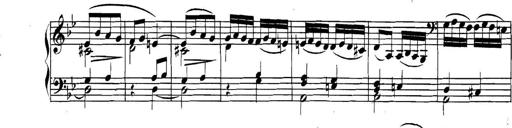
Title: Collected Piano Sonatas
Composer: Muzio Clementi